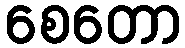
စေတော